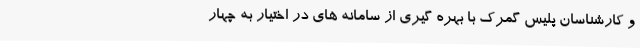
و کارشناسان پلیس گمرک با بهره گیری از سامانه های در اختیار به چهار